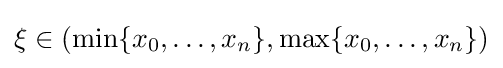
\xi \in (\min\{x_{0},\dots ,x_{n}\},\max\{x_{0},\dots ,x_{n}\})